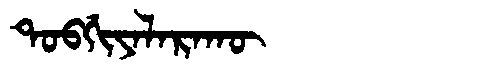
Manchu: ᡨᠣᠪᡤᡳᠶᠠᠯᠠᡵᠠᡴᡡ
Romanization: TOBGIYALARAKŪ